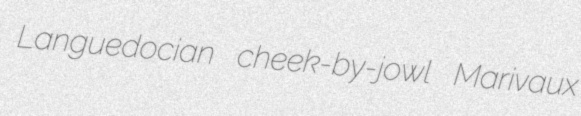
Languedocian cheek-by-jowl Marivaux